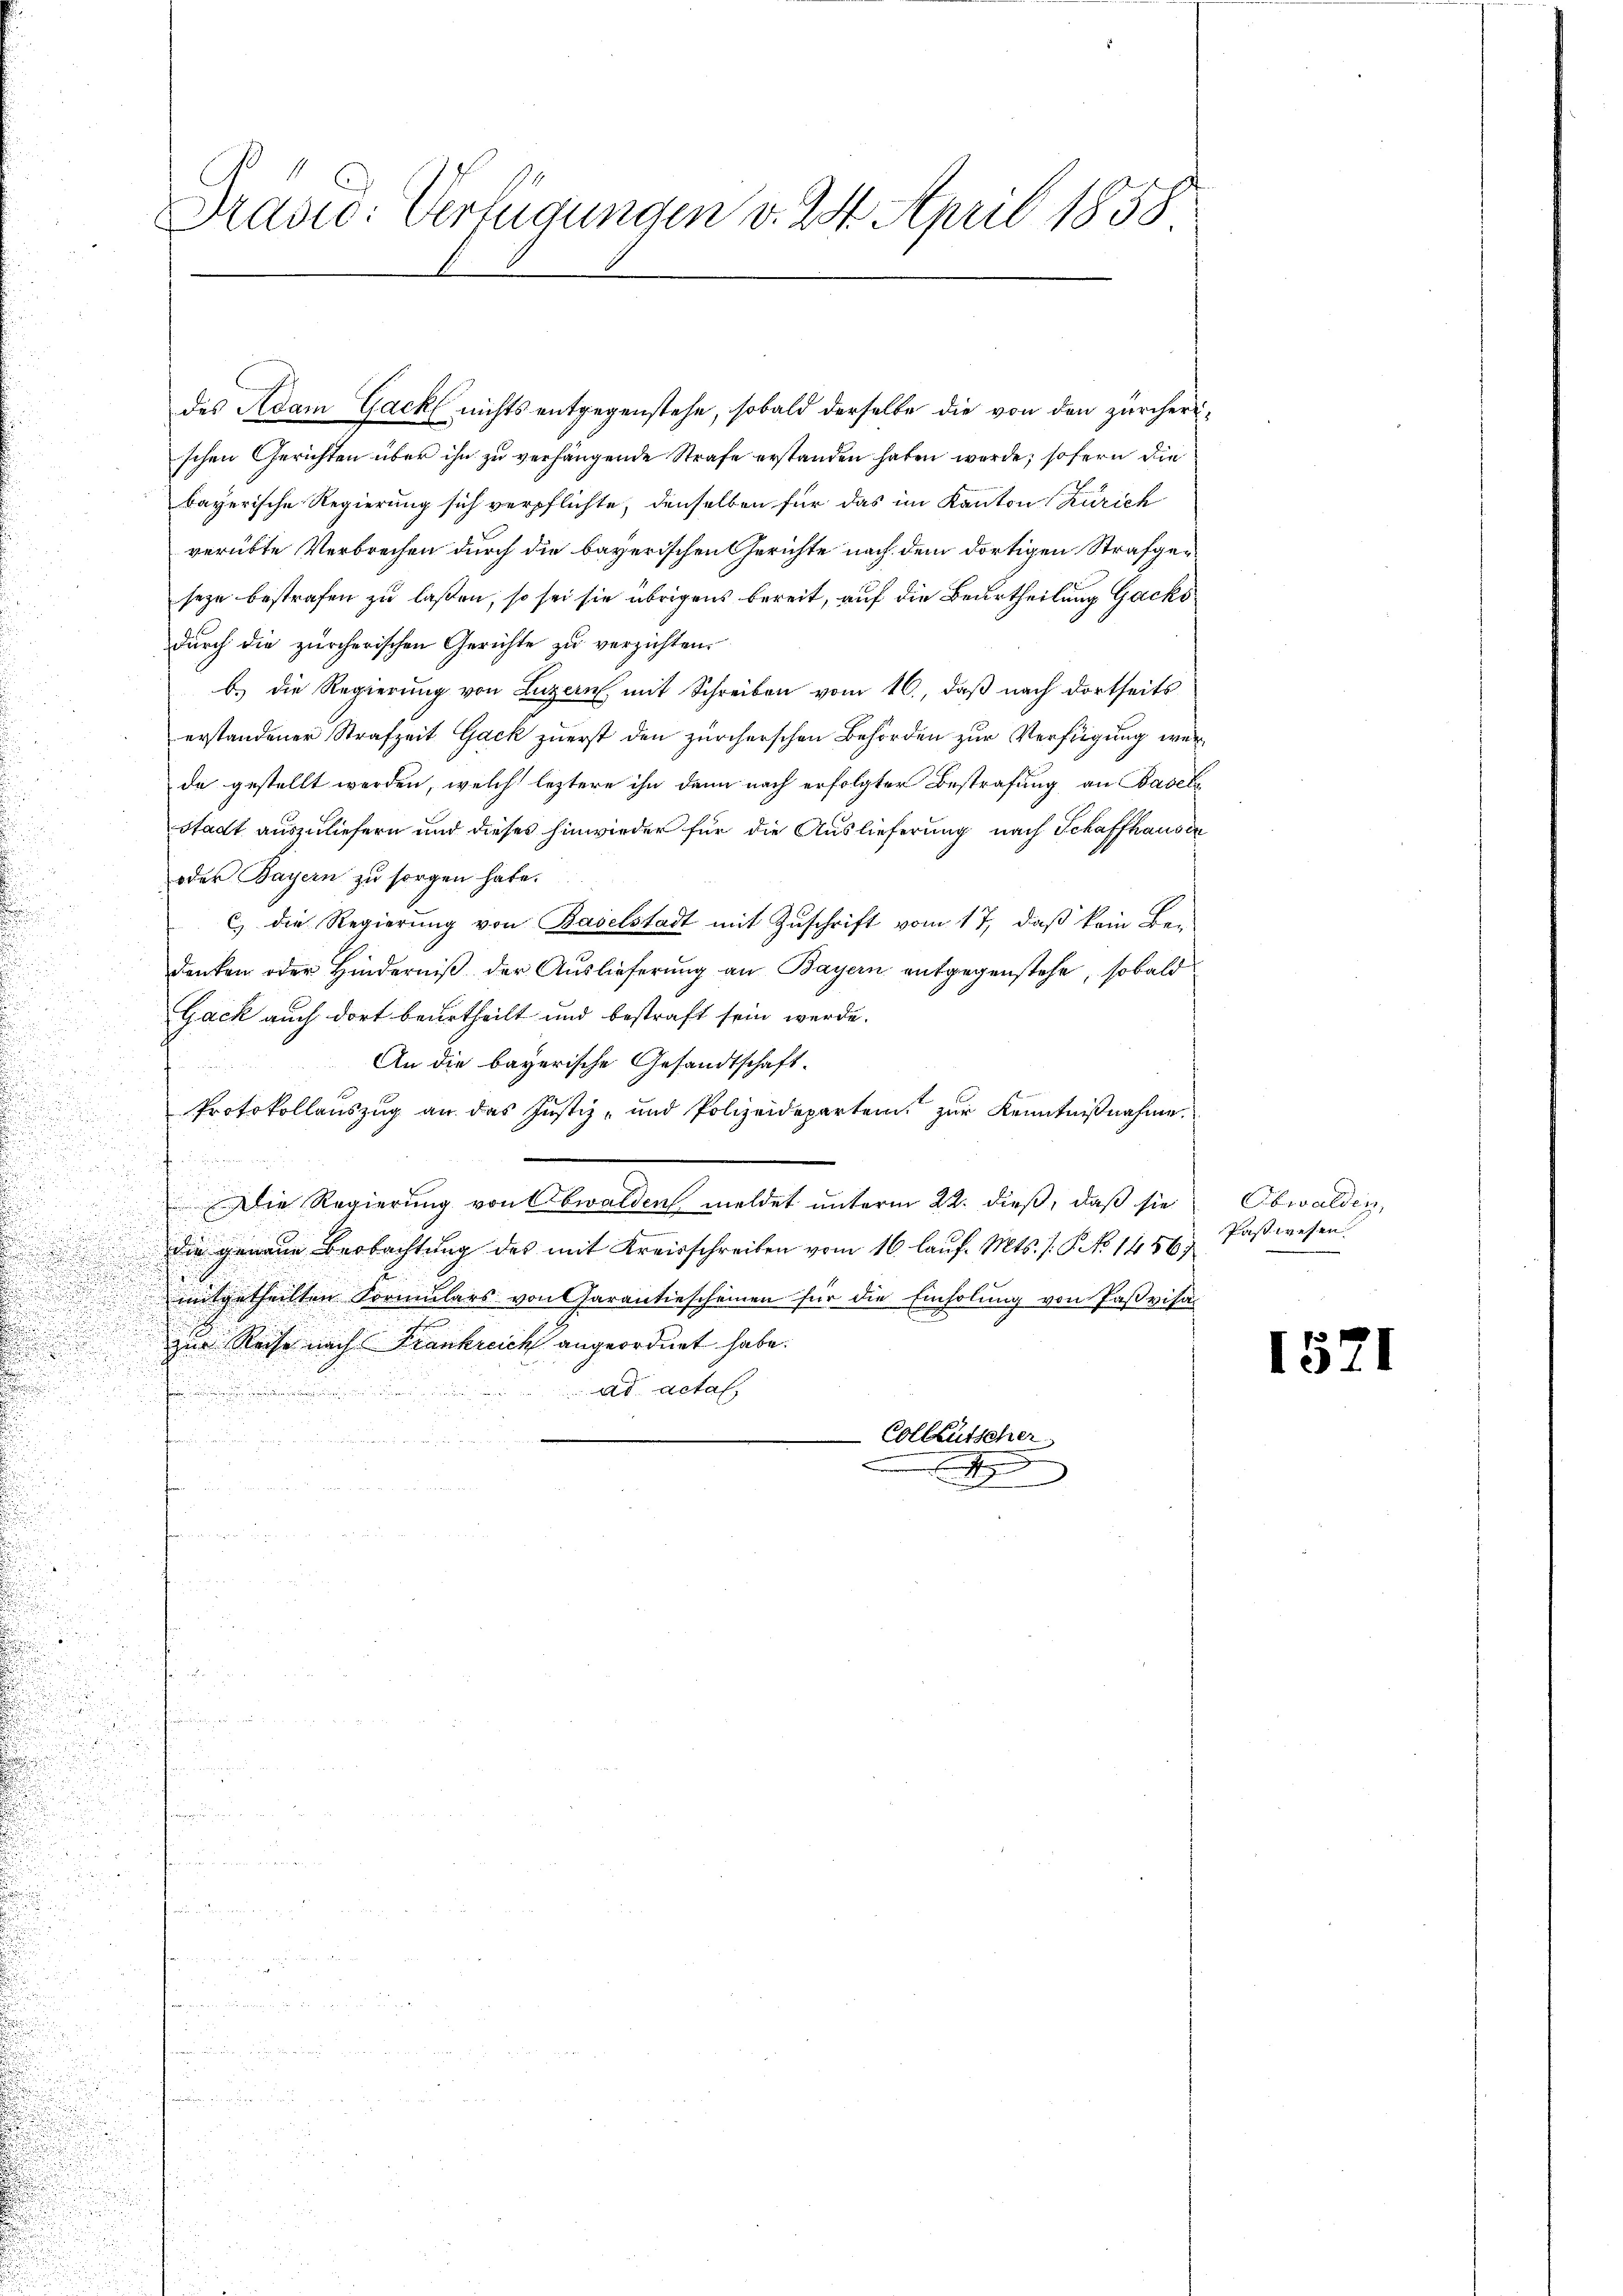
des Adam Gack nichts entgegenstehe, sobald derselbe die von den zürcherischen Gerichten über ihn zu verhängende Strafe erstanden haben werde; sofern die
bayerische Regierung sich verpflichte, denselben für das im Kanton Zürich
verübte Verbrechen durch die bayerischen Gerichte nach dem dortigen Strafgeseze bestrafen zu laßen, so sei sie übrigens bereit, auf die Beurtheilung Gacko
durch die zürcherischen Gerichte zu verzichten.
b.) die Regierung von Luzern, mit Schreiben vom 16., daß nach dortseits
erstandener Strafzeit Gack zuerst den zürcherschen Behörden zur Verfügung wer¬
u
de gestellt werden, welch leztere ihn dann nach erfolgter Bestrafung an Basels
.
stadt auszuliefern und dieses hinwieder für die Auslieferung nach Schaffhausen
oder Bayern zu sorgen habe.
.
.
c) die Regierung von Baselstadt mit Zuschrift vom 17, daß kein Be-
.
denken oder Hinderniß der Auslieferung an Bayern entgegenstehe, sobald
Gack auch dort beurtheilt und bestraft sein werde.
An die bayerische Gesandtschaft.
Protokollenszug an das Justiz- und Polizeidepartem zur Kenntnißnahme
d
t
u
Die Regierung von Obwalden meldet unterm 22. dieß, daß sie
.
u
i
.
die genaue Beobachtung des mit Kreisschreiben vom 16. lauf. Mts. 1. P. No 14567

u
mitgetheilten Formulars von Garantiescheinen für die Einholung von Paßvisazur Reihe nach Frankreich angeordnet habe.
ad actal

t
-Colleutscher

.
.
u
de
ude
f
.

n
.
.

d

Präsid. Verfügungen v. 24. April 1858

Obwalden,
Paswesen

1571